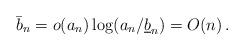
LaTeX: \begin{align*}\bar{b}_n = o(a_n) \log (a_n / \underline{b}_n) = O(n) \, .\end{align*}